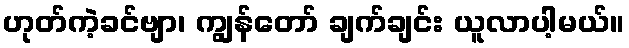
ဟုတ်ကဲ့ခင်ဗျာ၊ ကျွန်တော် ချက်ချင်း ယူလာပါ့မယ်။